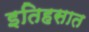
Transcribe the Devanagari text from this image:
इतिहसात